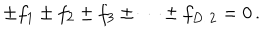
\pm f _ { 1 } \pm f _ { 2 } \pm f _ { 3 } \pm \cdots \pm f _ { D / 2 } = 0 \, .